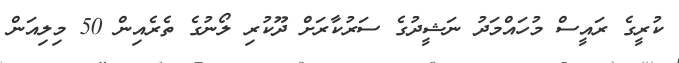
ކުރީގެ ރައީސް މުހައްމަދު ނަޝީދުގެ ސަރުކާރަށް ދޫކުރި ލޯނުގެ ތެރެއިން 50 މިލިއަން